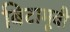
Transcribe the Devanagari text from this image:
बिटामूवी